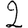
Digit: 2